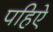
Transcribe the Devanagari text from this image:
पहिऐ